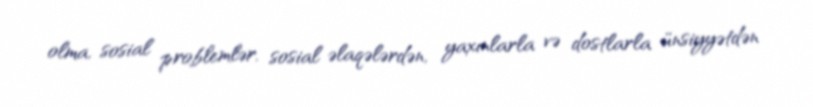
olma, sosial problemlər, sosial əlaqələrdən, yaxınlarla və dostlarla ünsiyyətdən